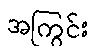
အကြွင်း